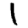
Digit: 1